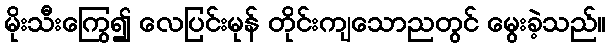
မိုးသီးကြွေ၍ လေပြင်းမုန် တိုင်းကျသောညတွင် မွေးခဲ့သည်။